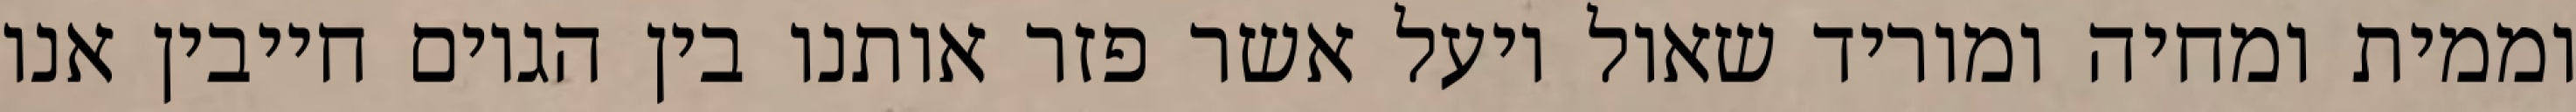
וממית ומחיה ומוריד שאול ויעל אשר פזר אותנו בין הגוים חייבין אנו